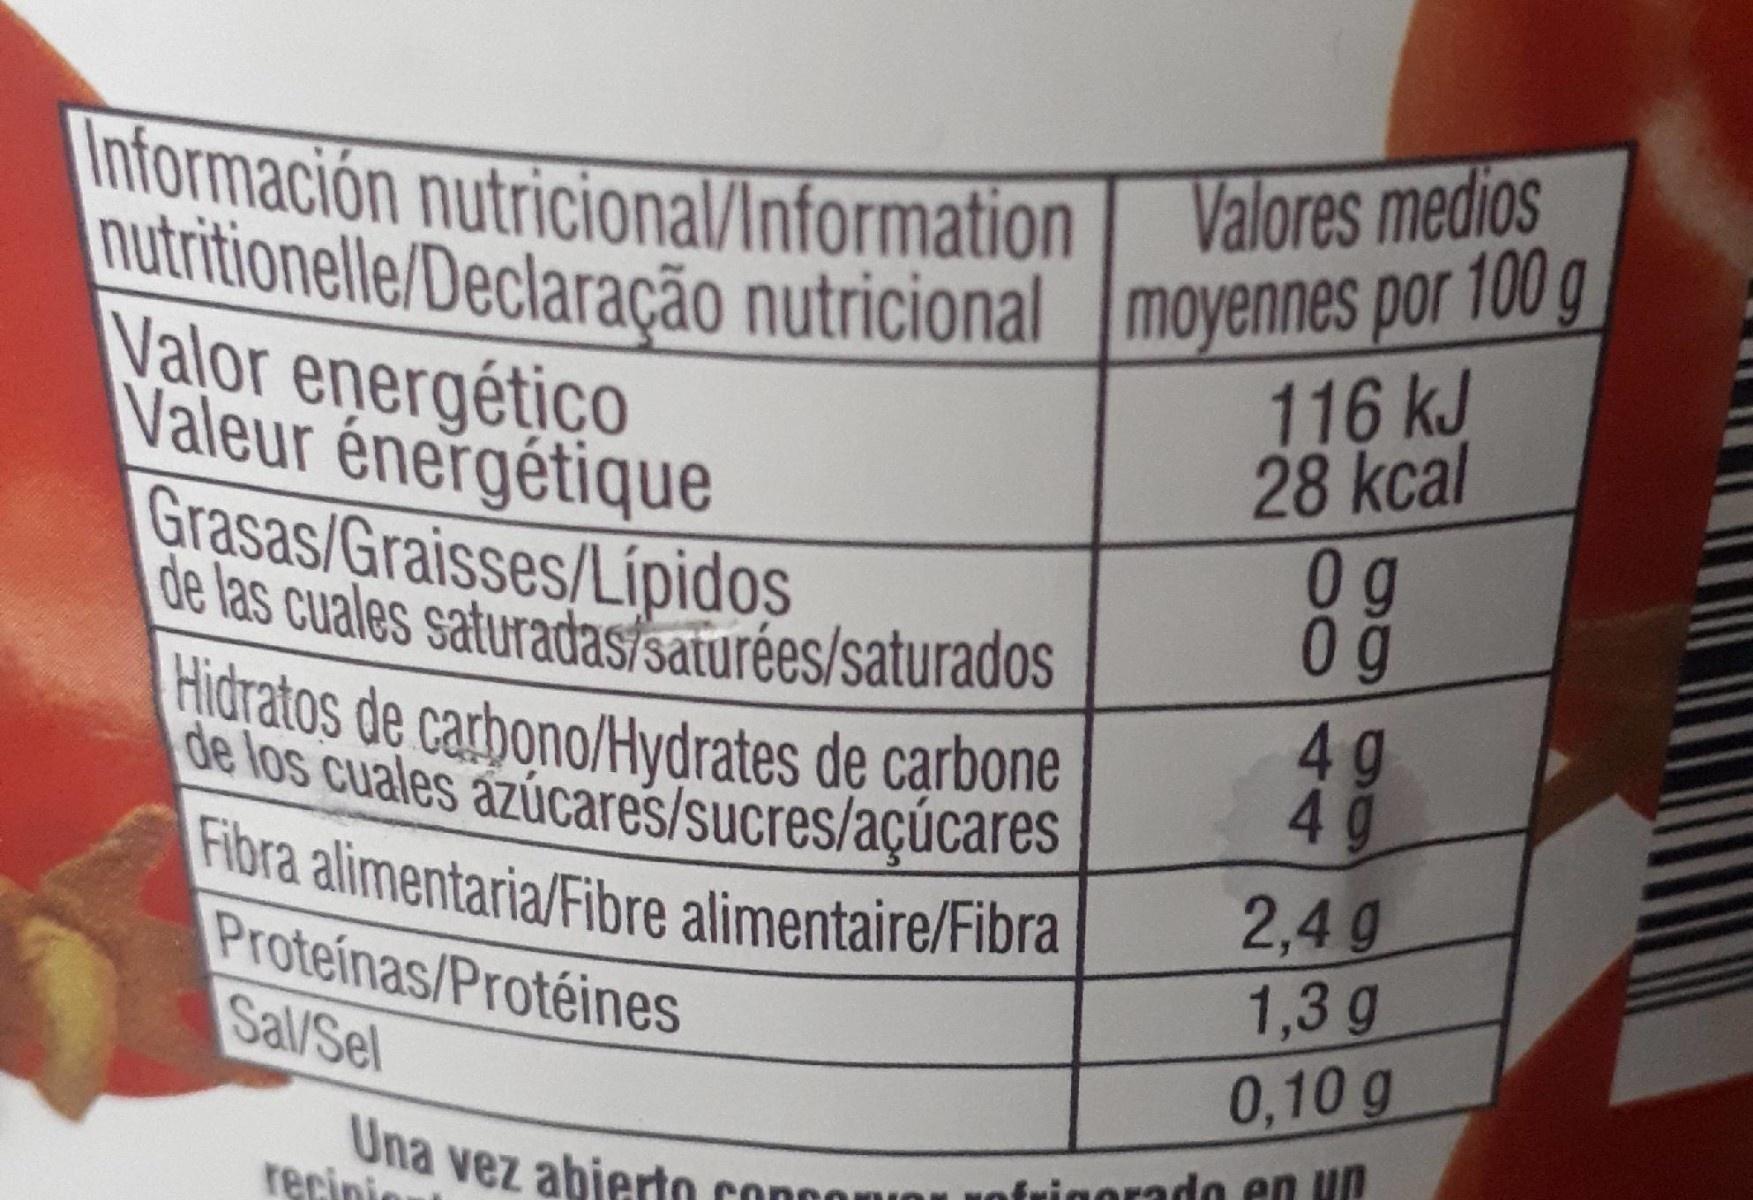
Información nutricional/Information
Valores medios
nutritionelle/Declaração nutricional moyennes por 100 g
Valor energético Valeur énergétique Grasas/Graisses/Lipidos de las cuales saturadas/saturées/saturados Hidratos de carbono/Hydrates de carbone de los cuales azúcares/sucres/açúcares Fibra alimentaria/Fibre alimentaire/Fibra Proteinas/Protéines Sal/Sel
116 kJ 28 kcal 0g 0 g 4g 4g
2,4 g 1,3 g 0,10 g
Una vez abierto conco recinie
frigorado en un